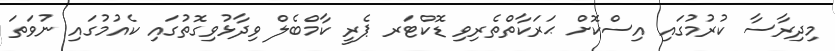
މިދިރާސާ ކުރުމުގައި އިސްކޮށް ޙަރަކާތްތެރިވި ޑޮކްޓަރ ޕެރީ ކާމްބެލް ވިދާޅުވިގޮތުގައި ކެއުމުގައި ނުވަތަ